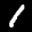
Label: 1